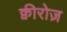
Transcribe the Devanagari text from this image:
क्वीरोज़